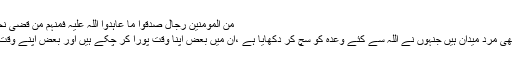
من المومنین رجال صدقوا ما عاہدوا اللہ علیہ فمنہم من قضیٰ نحبہ ومنہم من ینتظر (١٠)
''مومنین میں سے ایسے بھی مرد میدان ہیں جنہوں نے اللہ سے کئے وعدہ کو سچ کر دکھایا ہے ،ان میں بعض اپنا وقت پورا کر چکے ہیں اور بعض اپنے وقت کا انتظار کر رہے ہیں''۔